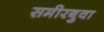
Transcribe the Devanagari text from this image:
समीरबुवा